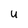
Character: U